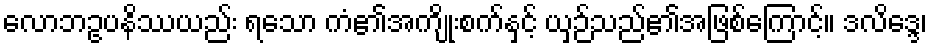
လောဘဥပနိဿယည်း ရသော ကံ၏အကျိုးစက်နှင့် ယှဉ်သည်၏အဖြစ်ကြောင့်။ ဒလိဒ္ဒေ၊